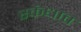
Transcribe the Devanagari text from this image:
स्कंधात